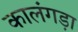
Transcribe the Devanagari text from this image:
कालंगड़ा